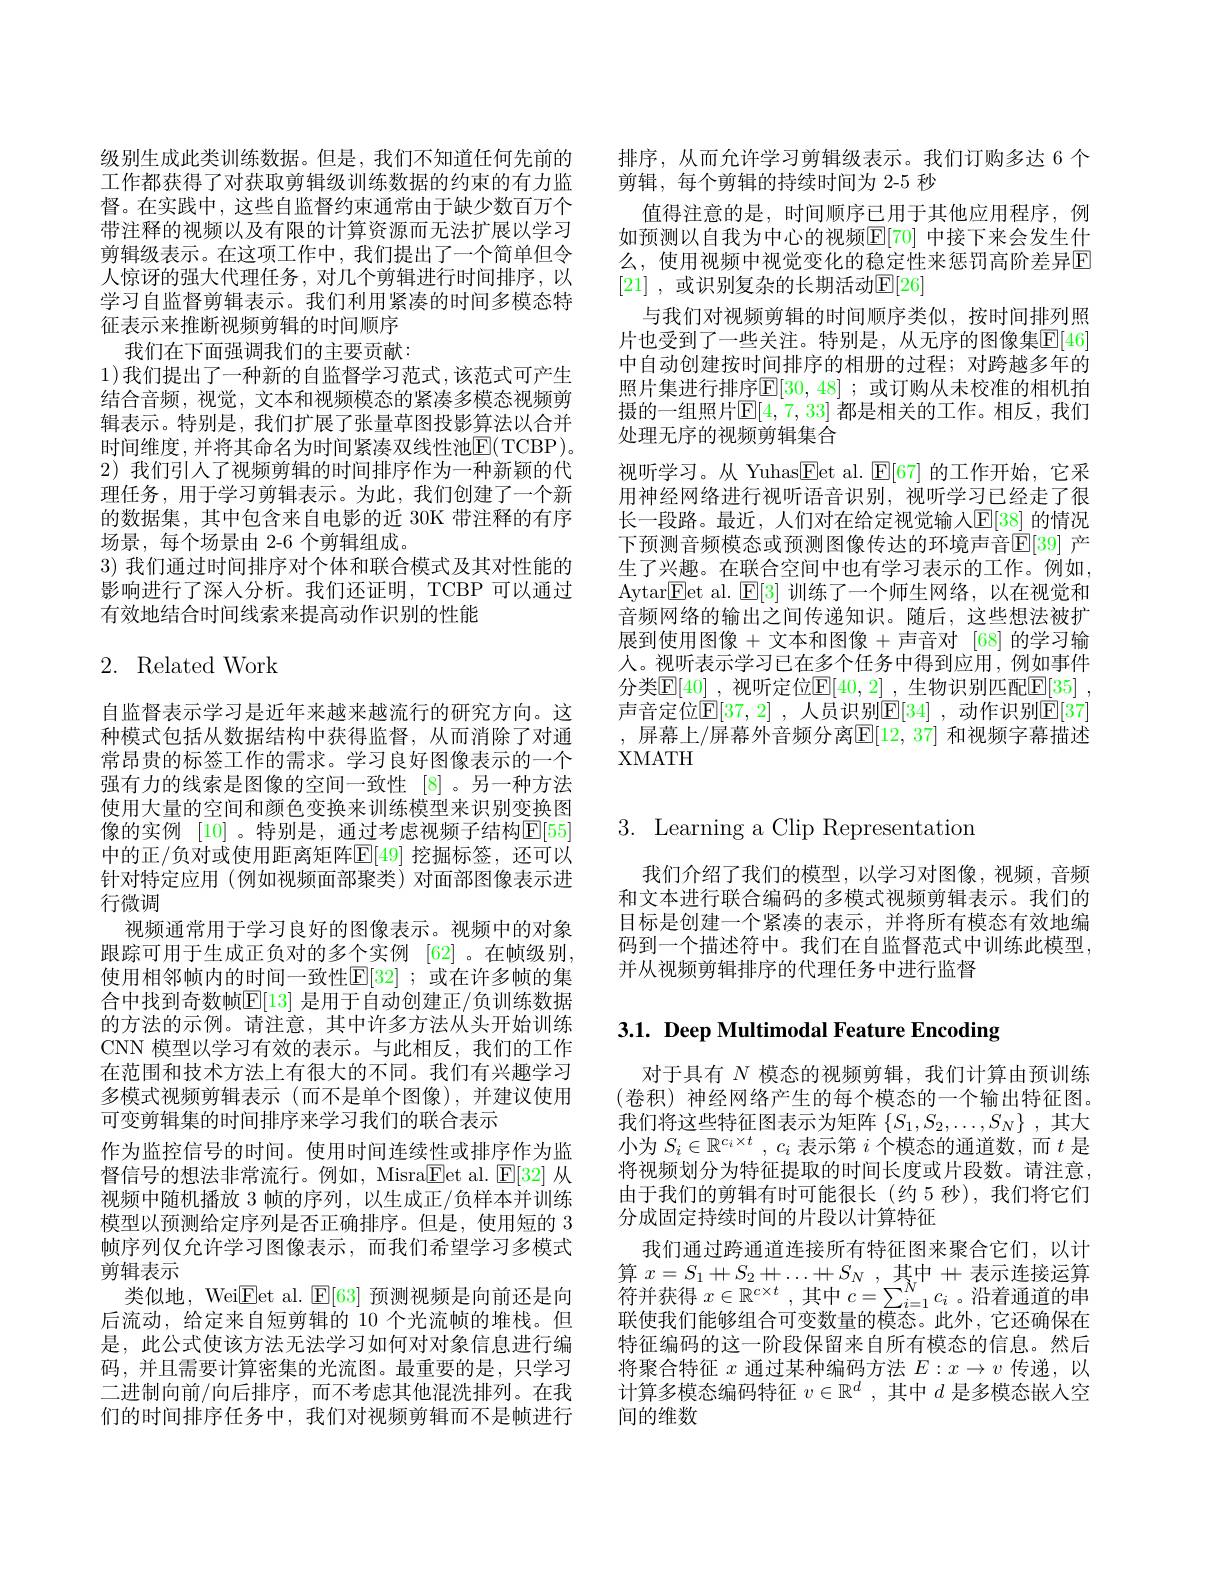
级别生成此类训练数据。但是，我们不知道任何先前的工作都获得了对获取剪辑级训练数据的约束的有力监督。在实践中，这些自监督约束通常由于缺少数百万个带注释的视频以及有限的计算资源而无法扩展以学习剪辑级表示。在这项工作中，我们提出了一个简单但令人惊讶的强大代理任务，对几个剪辑进行时间排序，以学习自监督剪辑表示。我们利用紧凑的时间多模态特征表示来推断视频剪辑的时间顺序
我们在下面强调我们的主要贡献：
1)我们提出了一种新的自监督学习范式，该范式可产生结合音频，视觉，文本和视频模态的紧凑多模态视频剪辑表示。特别是，我们扩展了张量草图投影算法以合并时间维度，并将其命名为时间紧凑双线性池$\boxed{\mathrm{F}(\mathrm{TCBP})}$。2)我们引人了视频剪辑的时间排序作为一种新颖的代理任务，用于学习剪辑表示。为此，我们创建了一个新的数据集，其中包含来自电影的近 30K 带注释的有序场景，每个场景由 2-6 个剪辑组成。
3)我们通过时间排序对个体和联合模式及其对性能的影响进行了深人分析。我们还证明，TCBP 可以通过有效地结合时间线索来提高动作识别的性能

# 2. Related Work

自监督表示学习是近年来越来越流行的研究方向。这种模式包括从数据结构中获得监督，从而消除了对通常昂贵的标签工作的需求。学习良好图像表示的一个强有力的线索是图像的空间一致性 [8]。另一种方法使用大量的空间和颜色变换来训练模型来识别变换图像的实例 [10] 。特别是，通过考虑视频子结构E[55] 中的正/负对或使用距离矩阵$\mathbb{E}[49]$ 挖掘标签，还可以针对特定应用(例如视频面部聚类)对面部图像表示进行微调
视频通常用于学习良好的图像表示。视频中的对象跟踪可用于生成正负对的多个实例[62] 。在帧级别， 使用相邻帧内的时间一致性$\mathbb{E}[32]$ ;或在许多帧的集合中找到奇数帧$\mathbb{E}[13]$ 是用于自动创建正/负训练数据的方法的示例。请注意，其中许多方法从头开始训练CNN 模型以学习有效的表示。与此相反，我们的工作在范围和技术方法上有很大的不同。我们有兴趣学习多模式视频剪辑表示(而不是单个图像),并建议使用可变剪辑集的时间排序来学习我们的联合表示
作为监控信号的时间。使用时间连续性或排序作为监督信号的想法非常流行。例如，Misra$\boxed{\mathrm{Fet~al.~}\mathrm{E[32]~}}$从视频中随机播放 3 帧的序列，以生成正/负样本并训练模型以预测给定序列是否正确排序。但是，使用短的 3帧序列仅允许学习图像表示，而我们希望学习多模式剪辑表示
类似地，Wei$\underline{\mathrm{E}}$et al. $\underline{\mathrm{E}}[63]$预测视频是向前还是向后流动，给定来自短剪辑的 10 个光流帧的堆栈。但是，此公式使该方法无法学习如何对对象信息进行编码，并且需要计算密集的光流图。最重要的是，只学习二进制向前/向后排序，而不考虑其他混洗排列。在我们的时间排序任务中，我们对视频剪辑而不是帧进行

排序，从而允许学习剪辑级表示。我们订购多达 6 个
剪辑，每个剪辑的持续时间为 2-5 秒
值得注意的是，时间顺序已用于其他应用程序，例如预测以自我为中心的视频$\mathbb{E}[70]$ 中接下来会发生什么，使用视频中视觉变化的稳定性来惩罚高阶差异E [21] ,或识别复杂的长期活动$\mathbb{E}[26]$
与我们对视频剪辑的时间顺序类似，按时间排列照片也受到了一些关注。特别是，从无序的图像集$\overline{\mathbb{F}}[46]$ 中自动创建按时间排序的相册的过程；对跨越多年的照片集进行排序$\underline{\mathbb{E}}[30,48]$ ;或订购从未校准的相机拍摄的一组照片$\mathbb{E}[4,7,33]$ 都是相关的工作。相反，我们处理无序的视频剪辑集合
视听学习。从 Yuhas$\boxed{\mathrm{E}}$et al. $\boxed{\mathrm{F}}[67]$的工作开始，它采用神经网络进行视听语音识别，视听学习已经走了很长一段路。最近，人们对在给定视觉输入$\mathbb{E}[38]$ 的情况下预测音频模态或预测图像传达的环境声音$\mathbb{E}[39]$ 产生了兴趣。在联合空间中也有学习表示的工作。例如， Aytar$\boxed{\mathrm{Fet~al.~}\mathrm{E[3]~}}$训练了一个师生网络，以在视觉和音频网络的输出之间传递知识。随后，这些想法被扩展到使用图像+文本和图像+声音对 [68]的学习输人。视听表示学习已在多个任务中得到应用，例如事件分类$\mathbb{E}[40]$ ,视听定位$\mathbb{E}[40,2]$ ,生物识别匹配$\mathbb{E}[35]$ , 声音定位$\mathbb{E}[37,2]$ ,人员识别$\mathbb{E}[34]$ ,动作识别$\mathbb{E}[37]$ , 屏幕上/屏幕外音频分离$\mathbb{E}[12,37]$ 和视频字幕描述XMATH

3. Learning a Clip Representation

我们介绍了我们的模型，以学习对图像，视频，音频和文本进行联合编码的多模式视频剪辑表示。我们的目标是创建一个紧凑的表示，并将所有模态有效地编码到一个描述符中。我们在自监督范式中训练此模型， 并从视频剪辑排序的代理任务中进行监督

3.1. Deep Multimodal Feature Encoding

对于具有$N$模态的视频剪辑，我们计算由预训练(卷积) 神经网络产生的每个模态的一个输出特征图。我们将这些特征图表示为矩阵$\{S_1,S_2,\ldots,S_N\}$ ,其大小为$S_i\in \mathbb{R} ^{c_i\times t}$ , $c_i$表示第$i$个模态的通道数，而$t$是将视频划分为特征提取的时间长度或片段数。请注意， 由于我们的剪辑有时可能很长(约5秒),我们将它们分成固定持续时间的片段以计算特征
我们通过跨通道连接所有特征图来聚合它们，以计算 $x=S_1+S_2+\ldots+S_N$, 其中+表示连接运算符并获得$x\in\mathbb{R}^{c\times t}$ ,其中$c=\sum_i=1^Nc_i$ 。沿着通道的串联使我们能够组合可变数量的模态。此外，它还确保在特征编码的这一阶段保留来自所有模态的信息。然后将聚合特征$x$通过某种编码方法$E:x\to v$传递，以计算多模态编码特征$v\in\mathbb{R}^d$,其中$d$是多模态嵌入空间的维数